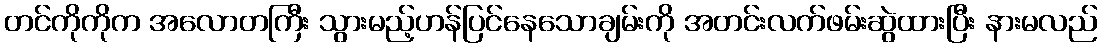
တင်ကိုကိုက အလောတကြီး သွားမည့်ဟန်ပြင်နေသောချမ်းကို အတင်းလက်ဖမ်းဆွဲထားပြီး နားမလည်